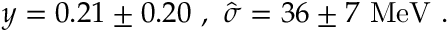
y = 0 . 2 1 \pm 0 . 2 0 \, \, , \, \, \hat { \sigma } = 3 6 \pm 7 \, \, \mathrm { M e V } \, \, .